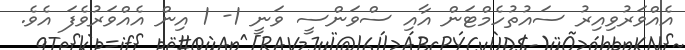
އެއްވަރުވިއިރު ސައުތުހެމްޓަން އާއި ސްވަންސީ ވަނީ 1- 1 އިން އެއްވަރުވެފަ އެވެ.